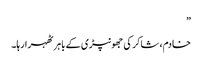
”
خادم، شاکر کی جھونپڑی کے باہر ٹھہرا رہا۔